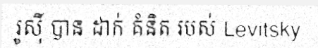
រូស៊ី បាន ដាក់ គំនិត របស់ Levitsky